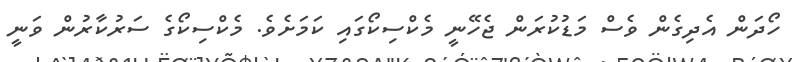
ހޯދަން އެދިގެން ވެސް މަޑުކުރަން ޖެހޭނީ މެކްސިކޯގައި ކަމަށެވެ. މެކްސިކޯގެ ސަރުކާރުން ވަނީ